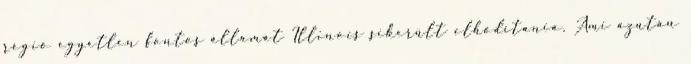
régió egyetlen fontos államát Illinois sikerült elhódítania. Ami azután